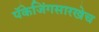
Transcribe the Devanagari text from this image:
पॅकेजिंगसारखेच